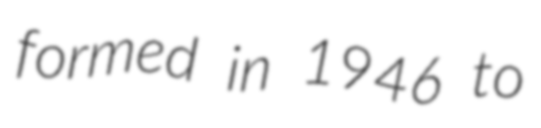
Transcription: formed in 1946 to